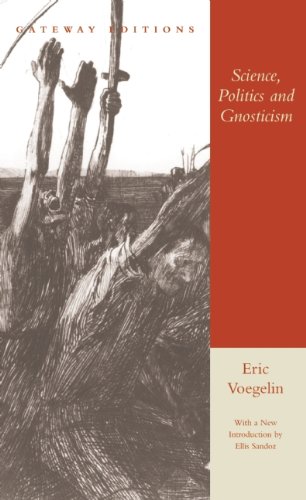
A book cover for Science, Politics and Gnosticism: Two Essays; Eric Voegelin; Christian Books & Bibles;